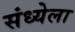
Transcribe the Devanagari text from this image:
संध्येला